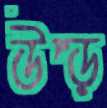
উপ্‌ড়